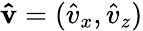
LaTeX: \boldsymbol{\mathbf{\hat{v}}}=(\hat{v}_{x},\hat{v}_{z})